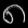
Digit: ၈